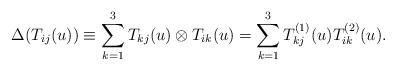
LaTeX: \begin{align*}\Delta(T_{ij}(u)) \equiv \sum_{k=1}^3 T_{kj}(u) \otimes T_{ik}(u) = \sum_{k=1}^3 T_{kj}^{(1)} (u) T_{ik}^{(2)} (u). \end{align*}